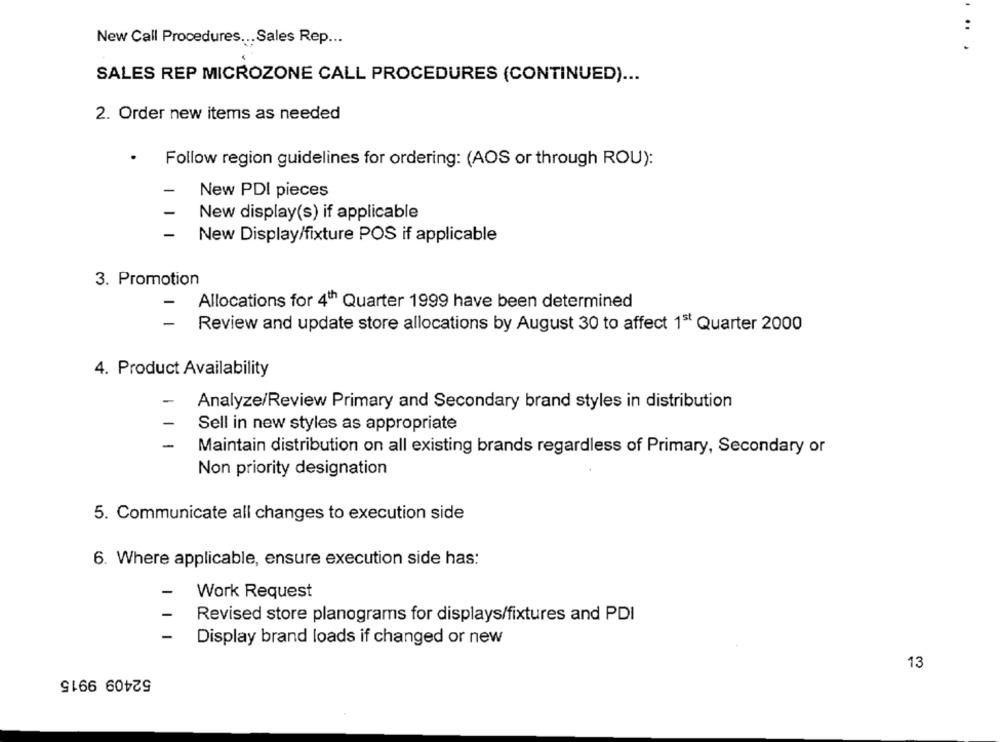
:
New Call Procedures ... Sales Rep ...
SALES REP MICROZONE CALL PROCEDURES (CONTINUED) ...
2. Order new items as needed
.
Follow region guidelines for ordering: (AOS or through ROU):
New PDI pieces
New display(s) if applicable
-
New Display/fixture POS if applicable
3. Promotion
-
Allocations for 4th Quarter 1999 have been determined
Review and update store allocations by August 30 to affect 1st Quarter 2000
4. Product Availability
-
Analyze/Review Primary and Secondary brand styles in distribution
Sell in new styles as appropriate
-
Maintain distribution on all existing brands regardless of Primary, Secondary or
Non priority designation
5. Communicate all changes to execution side
6. Where applicable, ensure execution side has:
Work Request
Revised store planograms for displays/fixtures and PDI
-
Display brand loads if changed or new
13
52409 9915